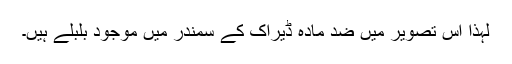
لہٰذا اس تصویر میں ضد مادّہ ڈیراک کے سمندر میں موجود بلبلے ہیں۔